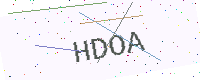
Text: HDOA